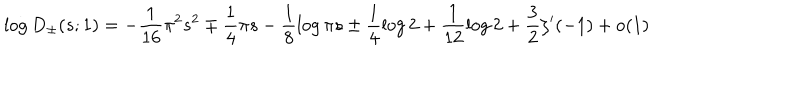
\log D _ { \pm } ( s ; 1 ) = - \frac { 1 } { 1 6 } \pi ^ { 2 } s ^ { 2 } \mp \frac { 1 } { 4 } \pi s - \frac { 1 } { 8 } \log \pi s \pm \frac { 1 } { 4 } \log 2 + \frac { 1 } { 1 2 } \log 2 + \frac { 3 } { 2 } \zeta ^ { \prime } ( - 1 ) + \mathrm { o } ( 1 )